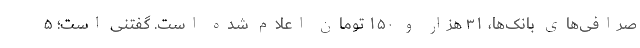
صرافی‌های بانک‌ها، ۳۱ هزار و ۱۵۰ تومان اعلام شده است. گفتنی است؛ ۵